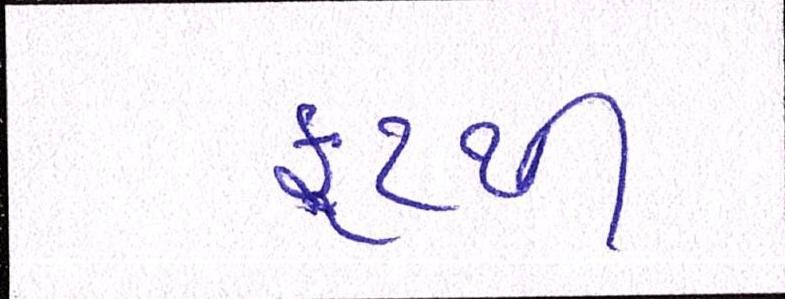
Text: ફૂટથી